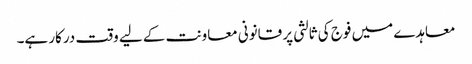
معاہدے میں فوج کی ثالثی پر قانونی معاونت کے لیے وقت درکار ہے۔